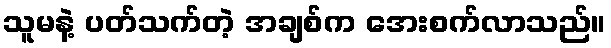
သူမနဲ့ ပတ်သက်တဲ့ အချစ်က အေးစက်လာသည်။